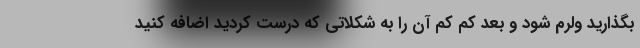
بگذارید ولرم شود و بعد کم کم آن را به شکلاتی که درست کردید اضافه کنید